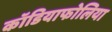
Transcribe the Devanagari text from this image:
कॉडियाफोलिया